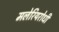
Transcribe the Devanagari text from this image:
मलेरियरोधी